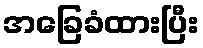
အခြေခံထားပြီး